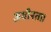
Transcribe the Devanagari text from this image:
अधीनता।